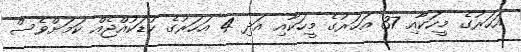
އަހަރުގެ މީހަކާއި 37 އަހަރުގެ މީހަކާއި އަދި 4 އަހަރުގެ ކުޑަކުއްޖެއް ކަމަށްވެސް